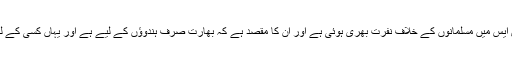
انہوں نے کہا کہ آر ایس ایس میں مسلمانوں کے خلاف نفرت بھری ہوئی ہے اور ان کا مقصد ہے کہ بھارت صرف ہندوؤں کے لیے ہے اور یہاں کسی کے لیے کوئی جگہ نہیں ہے۔